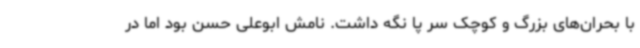
با بحران‌های بزرگ و کوچک سر پا نگه داشت. نامش ابوعلی حسن بود اما در